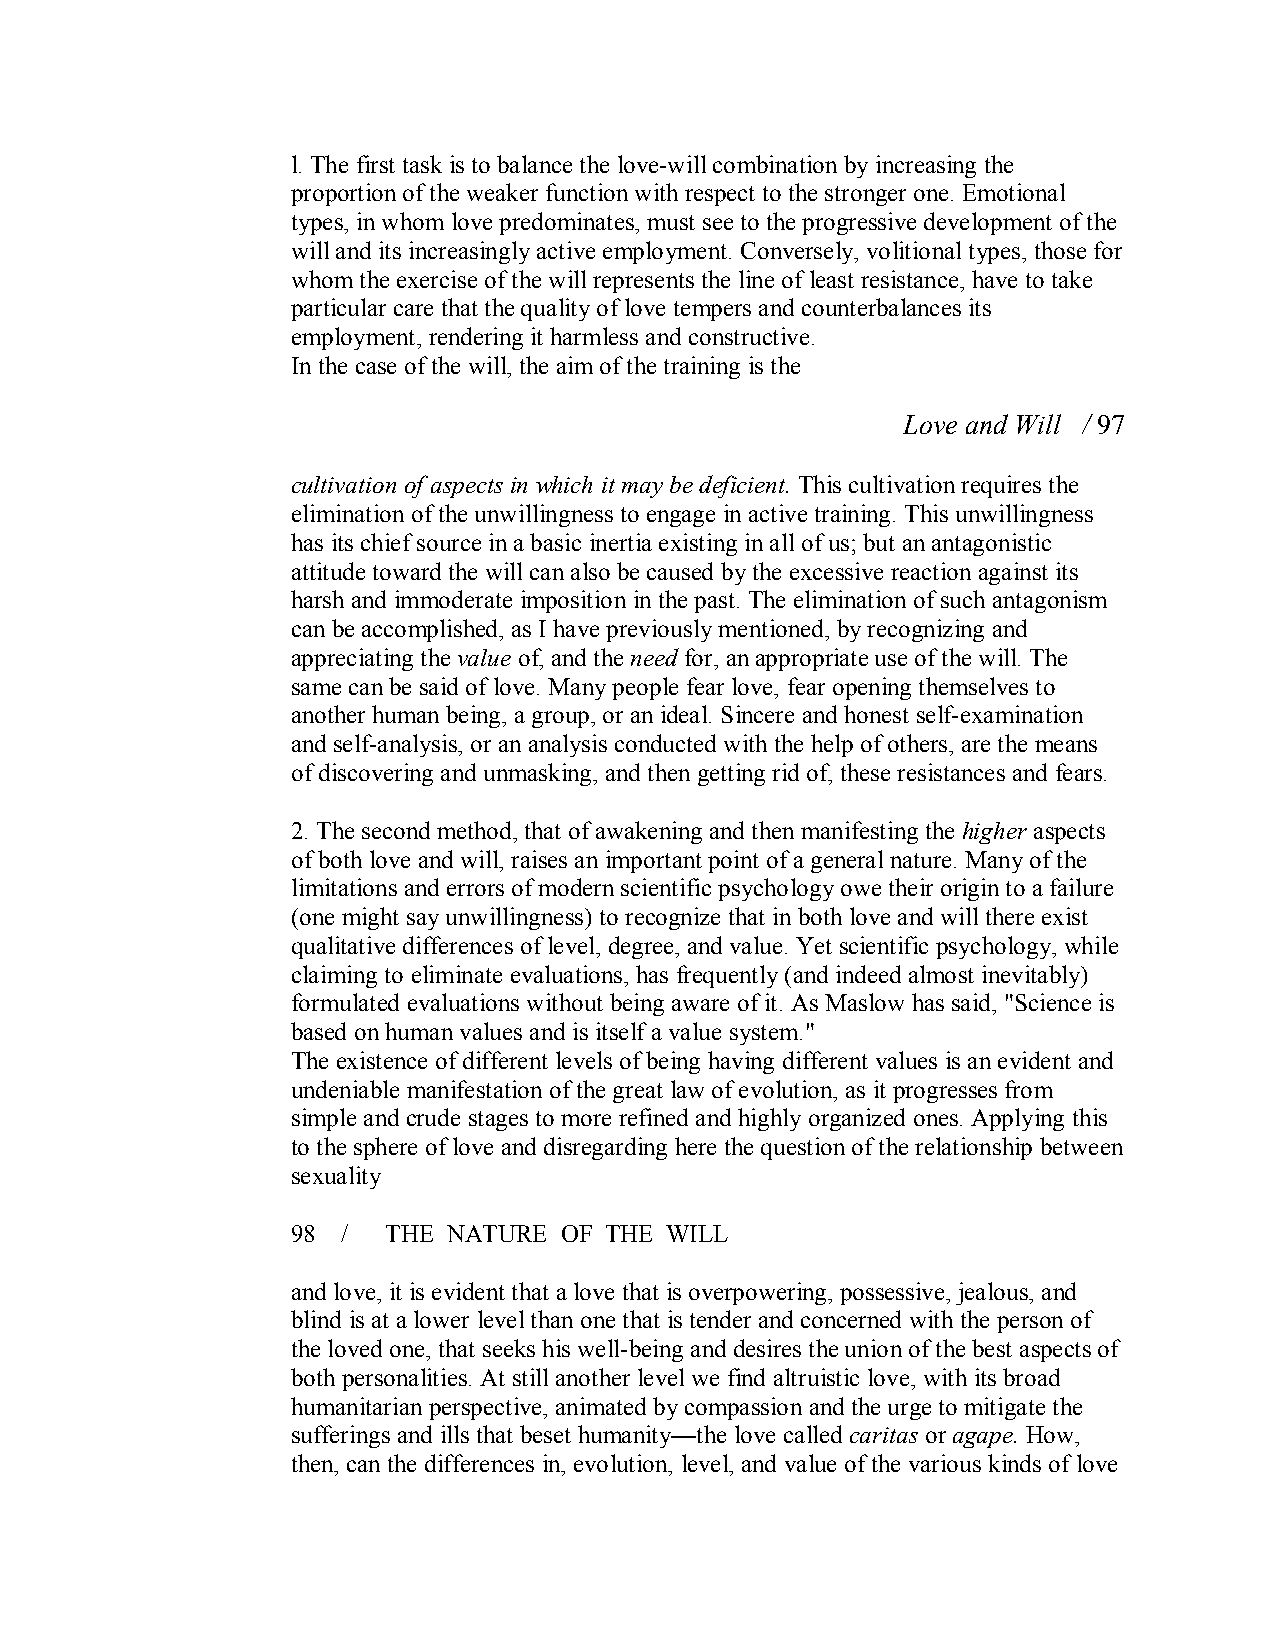
l. The first task is to balance the love­will combination by increasing the
 proportion of the weaker function with respect to the stronger one. Emotional
 types, in whom love predominates, must see to the progressive development of the
 will and its increasingly active employment. Conversely, volitional types, those for
 whom the exercise of the will represents the line of least resistance, have to take
 particular care that the quality of love tempers and counterbalances its
 employment, rendering it harmless and constructive.
 In the case of the will, the aim of the training is the
 Love and Will / 97
 cultivation of aspects in which it may be deficient.This cultivation requires the
 elimination of the unwillingness to engage in active training. This unwillingness
 has its chief source in a basic inertia existing in all of us; but an antagonistic
 attitude toward the will can also be caused by the excessive reaction against its
 harsh and immoderate imposition in the past. The elimination of such antagonism
 can be accomplished, as I have previously mentioned, by recognizing and
 appreciating the value of, and the need for, an appropriate use of the will. The
 same can be said of love. Many people fear love, fear opening themselves to
 another human being, a group, or an ideal. Sincere and honest self­examination
 and self­analysis, or an analysis conducted with the help of others, are the means
 of discovering and unmasking, and then getting rid of, these resistances and fears.
 2. The second method, that of awakening and then manifesting the higher aspects
 of both love and will, raises an important point of a general nature. Many of the
 limitations and errors of modern scientific psychology owe their origin to a failure
 (one might say unwillingness) to recognize that in both love and will there exist
 qualitative differences of level, degree, and value. Yet scientific psychology, while
 claiming to eliminate evaluations, has frequently (and indeed almost inevitably)
 formulated evaluations without being aware of it. As Maslow has said, "Science is
 based on human values and is itself a value system."
 The existence of different levels of being having different values is an evident and
 undeniable manifestation of the great law of evolution, as it progresses from
 simple and crude stages to more refined and highly organized ones. Applying this
 to the sphere of love and disregarding here the question of the relationship between
 sexuality
 98  / THE  NATURE OF THE WILL
 and love, it is evident that a love that is overpowering, possessive, jealous, and
 blind is at a lower level than one that is tender and concerned with the person of
 the loved one, that seeks his well­being and desires the union of the best aspects of
 both personalities. At still another level we find altruistic love, with its broad
 humanitarian perspective, animated by compassion and the urge to mitigate the
 sufferings and ills that beset humanity—the love called caritas oragape.How,
 then, can the differences in, evolution, level, and value of the various kinds of love